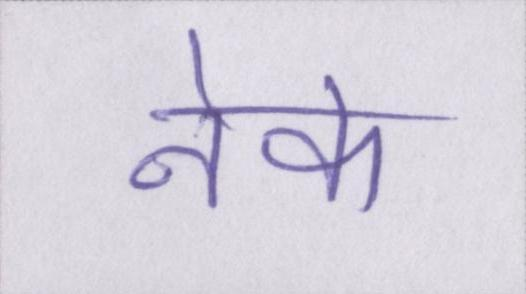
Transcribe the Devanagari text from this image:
नेक